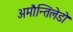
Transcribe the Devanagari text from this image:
अमौन्तिलेडो